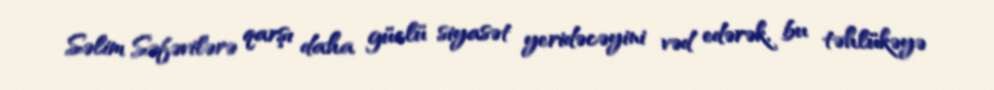
Səlim Səfəvilərə qarşı daha güclü siyasət yeridəcəyini vəd edərək, bu təhlükəyə